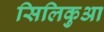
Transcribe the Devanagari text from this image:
सिलिकुआ